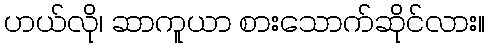
ဟယ်လို၊ ဆာကူယာ စားသောက်ဆိုင်လား။